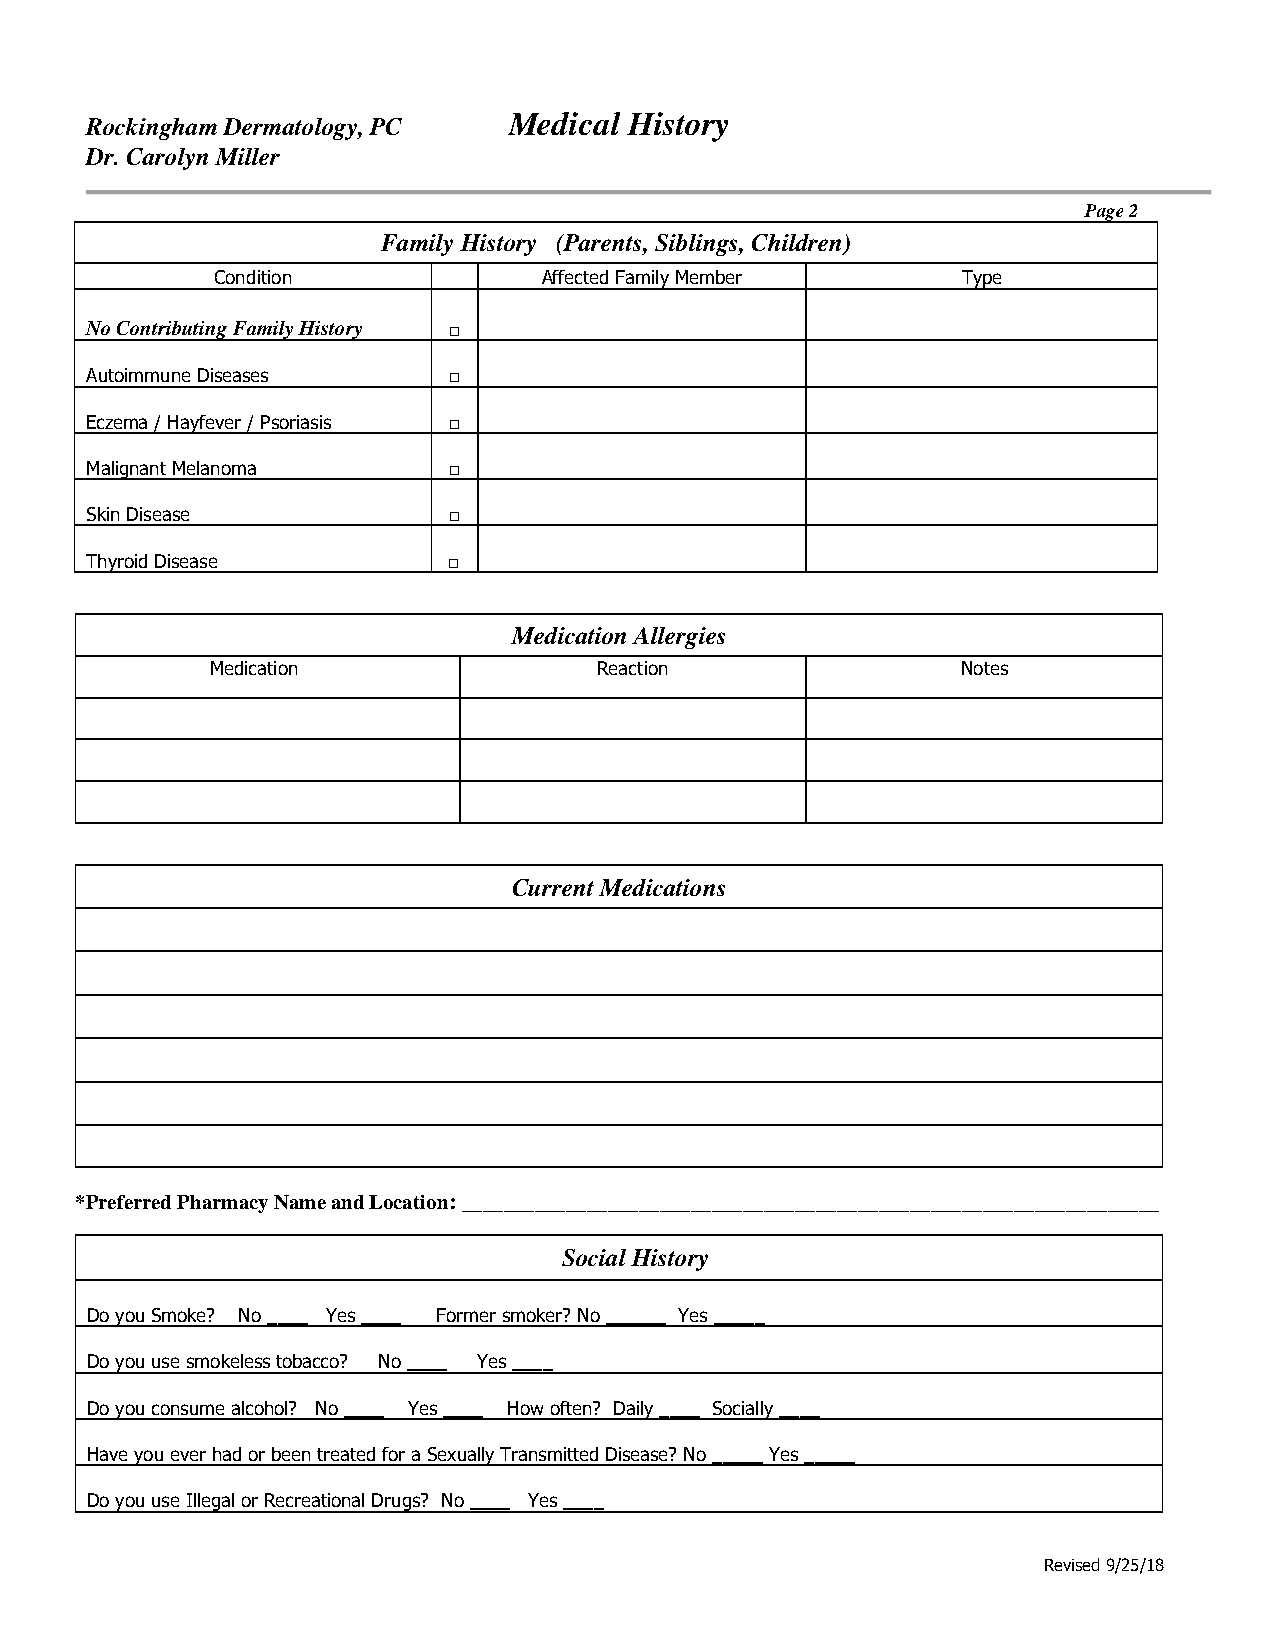
Medical History
 Rockingham Dermatology, PC
 Dr. Carolyn Miller
 Page 2
 Family History (Parents, Siblings, Children)
 Condition             Affected Family Member      Type
 No Contributing Family History □
 Autoimmune Diseases     □
 Eczema / Hayfever / Psoriasis □
 Malignant Melanoma      □
 Skin Disease            □
 Thyroid Disease         □
 Medication Allergies
 Medication                Reaction                Notes
 Current Medications
 *Preferred Pharmacy Name and Location: ___________________________________________________________________
 Social History
 Do you Smoke? No ____ Yes ____ Former smoker? No ______ Yes _____
 Do you use smokeless tobacco? No ____ Yes ____
 Do you consume alcohol? No ____ Yes ____ How often? Daily ____ Socially ____
 Have you ever had or been treated for a Sexually Transmitted Disease? No _____ Yes _____
 Do you use Illegal or Recreational Drugs? No ____ Yes ____
 Revised 9/25/18